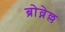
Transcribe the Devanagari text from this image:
ब्रोव्नेल्ल